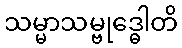
သမ္မာသမ္ဗုဒ္ဓေါတိ